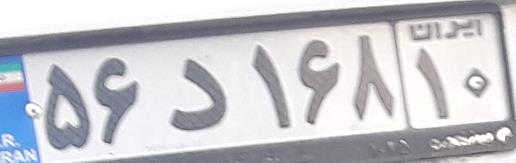
۵۶د۱۶۸۱۰